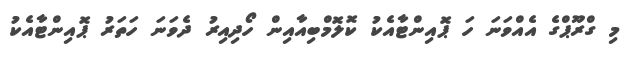
މި ގްރޫޕްގެ އެއްވަނަ ހަ ޕޮއިންޓާއެކު ކޮލޮމްބިއާއިން ހޯދިއިރު ދެވަނަ ހަތަރު ޕޮއިންޓާއެކު